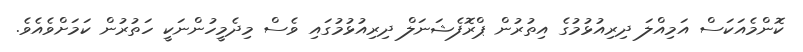
ކޮންމެއަކަސް އަމިއްލަ ދިރިއުޅުމުގެ އިތުރުން ޕްރޮފެޝަނަލް ދިރިއުޅުމުގައި ވެސް މިދެމީހުންނަކީ ހަތުރުން ކަމަށްވެއެވެ.